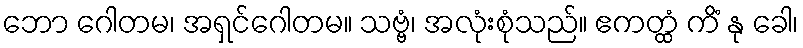
ဘော ဂေါတမ၊ အရှင်ဂေါတမ။ သဗ္ဗံ၊ အလုံးစုံသည်။ ဧကတ္ထံ ကိံ နု ခေါ၊